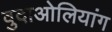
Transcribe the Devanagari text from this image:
वुदाओलियांग